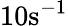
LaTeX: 10\mathrm{{s}}^{-1}